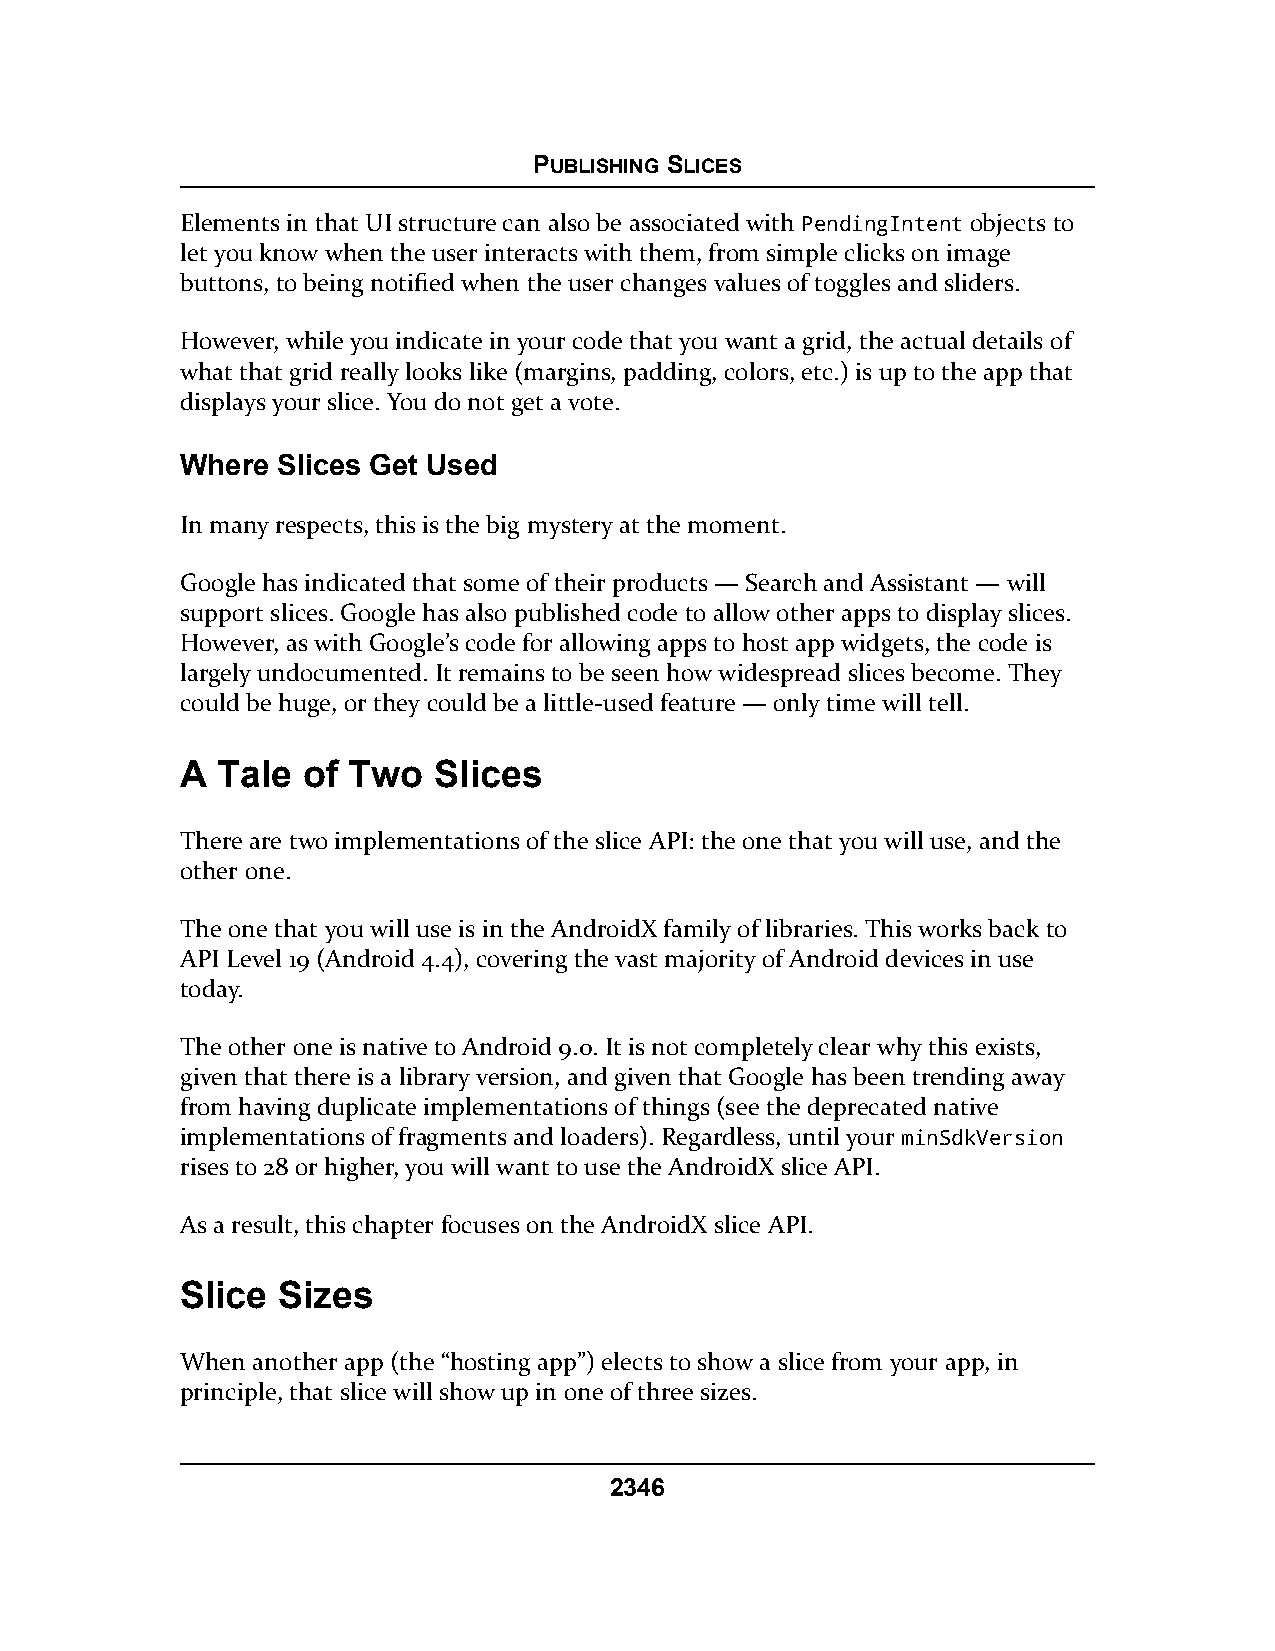
PUBLISHING SLICES
 Elements in that UI structure can also be associated with PendingIntent objects to
 let you know when the user interacts with them, from simple clicks on image
 buttons, to being notified when the user changes values of toggles and sliders.
 However, while you indicate in your code that you want a grid, the actual details of
 what that grid really looks like (margins, padding, colors, etc.) is up to the app that
 displays your slice. You do not get a vote.
 Where Slices Get Used
 In many respects, this is the big mystery at the moment.
 Google has indicated that some of their products — Search and Assistant — will
 support slices. Google has also published code to allow other apps to display slices.
 However, as with Google’s code for allowing apps to host app widgets, the code is
 largely undocumented. It remains to be seen how widespread slices become. They
 could be huge, or they could be a little-used feature — only time will tell.
 A Tale  of Two   Slices
 There are two implementations of the slice API: the one that you will use, and the
 other one.
 The one that you will use is in the AndroidX family of libraries. This works back to
 API Level 19 (Android 4.4), covering the vast majority of Android devices in use
 today.
 The other one is native to Android 9.0. It is not completely clear why this exists,
 given that there is a library version, and given that Google has been trending away
 from having duplicate implementations of things (see the deprecated native
 implementations of fragments and loaders). Regardless, until your minSdkVersion
 rises to 28 or higher, you will want to use the AndroidX slice API.
 As a result, this chapter focuses on the AndroidX slice API.
 Slice Sizes
 When another app (the “hosting app”) elects to show a slice from your app, in
 principle, that slice will show up in one of three sizes.
 2346